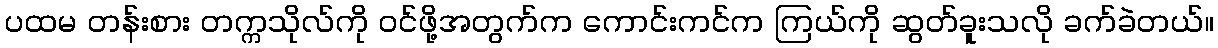
ပထမ တန်းစား တက္ကသိုလ်ကို ဝင်ဖို့အတွက်က ကောင်းကင်က ကြယ်ကို ဆွတ်ခူးသလို ခက်ခဲတယ်။